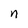
Character: n